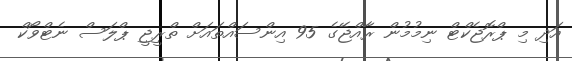
އަދި މި ޕްރޮޖެކްޓް ނިމުމުން ރާއްޖޭގެ 95 އިންސައްތައަށް ތްރީޖީ ޕްލަސް ނެޓްވޯކް